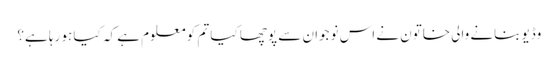
وڈیو بنانے والی خاتون نے اس نوجوان سے پوچھا کیا تم کو معلوم ہے کہ کیا ہو رہا ہے؟